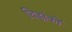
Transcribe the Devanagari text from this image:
चिह्नांकों